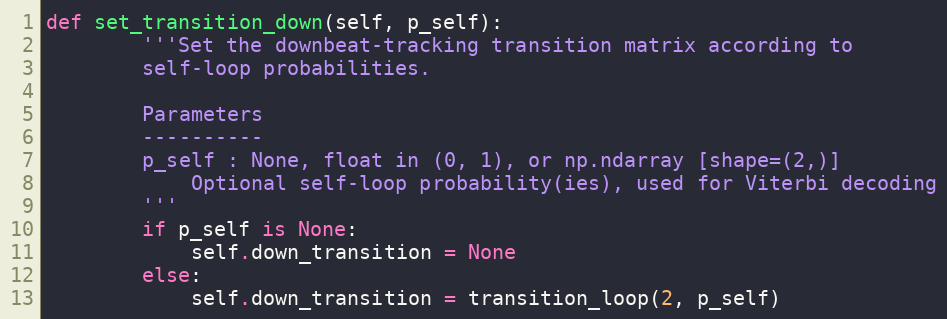
Language: Python
def set_transition_down(self, p_self):
        '''Set the downbeat-tracking transition matrix according to
        self-loop probabilities.

        Parameters
        ----------
        p_self : None, float in (0, 1), or np.ndarray [shape=(2,)]
            Optional self-loop probability(ies), used for Viterbi decoding
        '''
        if p_self is None:
            self.down_transition = None
        else:
            self.down_transition = transition_loop(2, p_self)